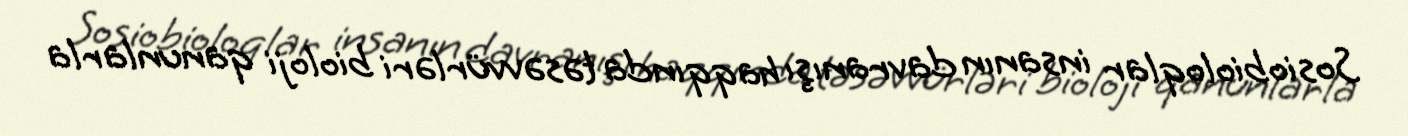
Sosiobioloqlar insanın davranışı haqqında təsəvvürləri bioloji qanunlarla